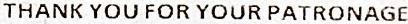
THANK YOU FOR YOUR PATRONAGE